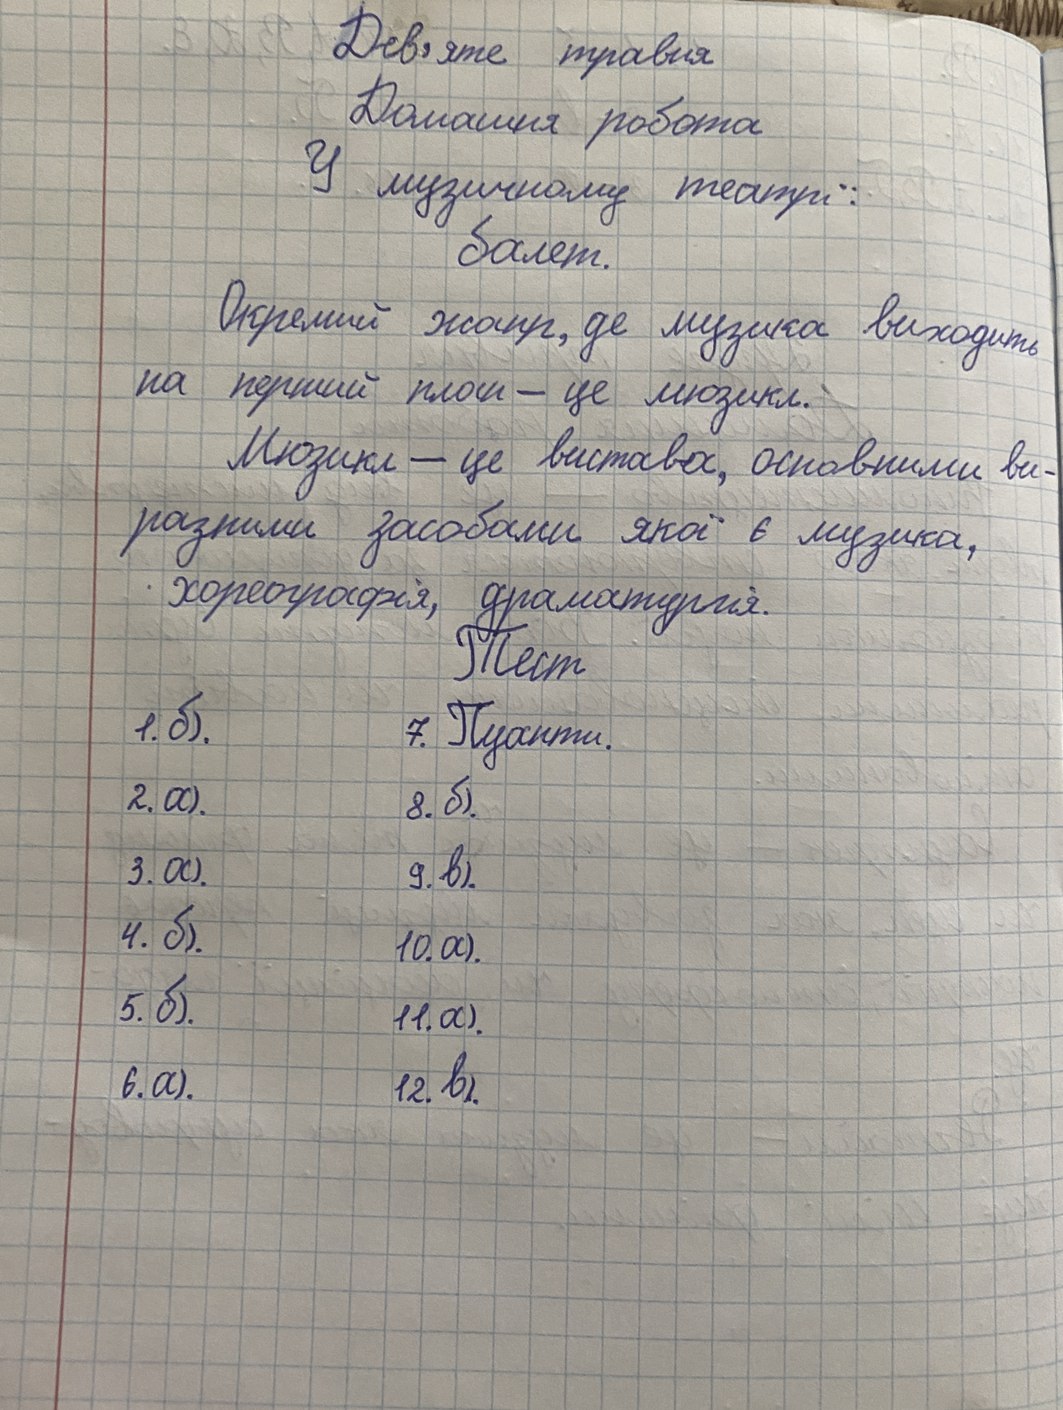
Дев'яте травня
Домашня робота
У музичному театрі:
балет.
Окремий жанр, де музика виходить
на перший план - це мюзикл.
Мюзикл — це вистава, основними ви-
разними засобами якої є музика,
хореографія, драматургія.
Тест
1. б).
7. Пуанти.
2. a).
8. б).
3. а).
9. в).
4. б).
10. a).
5. б).
11. a).
6. a).
12. в).